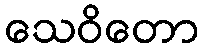
သေဝိတော